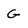
Character: G